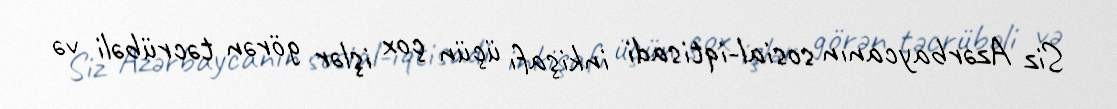
Siz Azərbaycanın sosial-iqtisadi inkişafı üçün çox işlər görən təcrübəli və